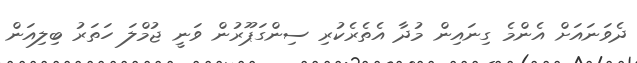
ދެވަނައަށް އެންމެ ގިނައިން މުދާ އެތެރެކުރި ސިންގަޕޫރުން ވަނީ ޖުމްލަ ހަތަރު ބިލިއަން